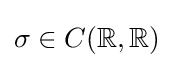
\sigma \in C(\mathbb {R} ,\mathbb {R} )